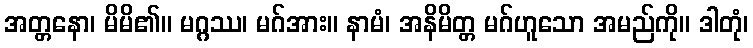
အတ္တနော၊ မိမိ၏။ မဂ္ဂဿ၊ မဂ်အား။ နာမံ၊ အနိမိတ္တ မဂ်ဟူသော အမည်ကို။ ဒါတုံ၊